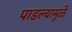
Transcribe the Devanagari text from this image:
पाडल्यामुळे